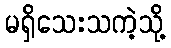
မရှိသေးသကဲ့သို့